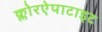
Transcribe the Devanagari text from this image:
क्लोरऐपाटाइट